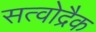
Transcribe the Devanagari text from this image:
सत्वोद्रैक